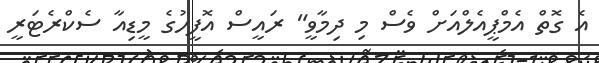
އެ ގޮތް އެމްޕީއެލްއަށް ވެސް މި ދިމާވީ" ރައީސް އޮފީހުގެ މީޑިއާ ސެކްރެޓަރީ